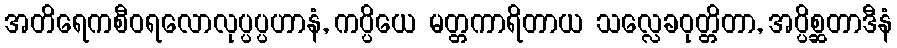
အတိရေကစီဝရလောလုပ္ပပ္ပဟာနံ, ကပ္ပိယေ မတ္တကာရိတာယ သလ္လေခဝုတ္တိတာ, အပ္ပိစ္ဆတာဒီနံ